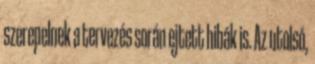
szerepelnek a tervezés során ejtett hibák is. Az utolsó,